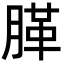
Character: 䐙